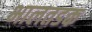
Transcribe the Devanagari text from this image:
भालतडक